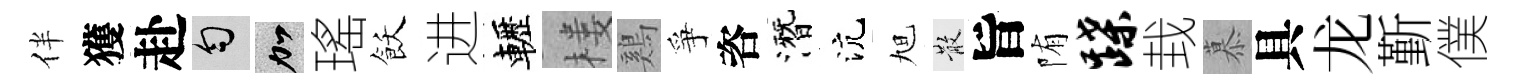
伴獲赴匀加瑤飫进轣楼鷄爭咨潛沆旭散旨陏蹀㘽慕具龙斳僕